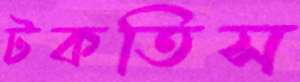
টকতিস